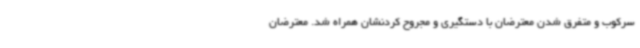
سرکوب و متفرق شدن معترضان با دستگیری و مجروح کردنشان همراه شد. معترضان